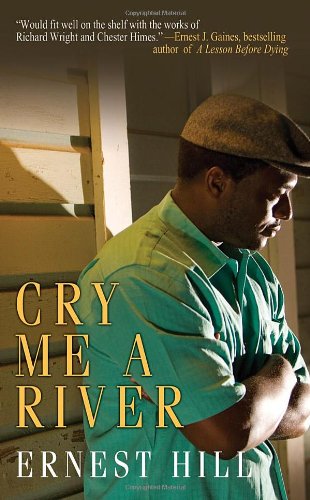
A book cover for Cry Me A River; Ernest Hill; Mystery, Thriller & Suspense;